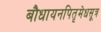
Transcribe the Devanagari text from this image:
बौधायनपितृमेधसूत्र